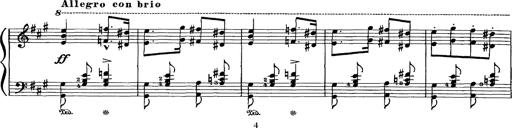
Title: Hungarian Rhapsody No.16
Composer: Franz Liszt
Key: A minor